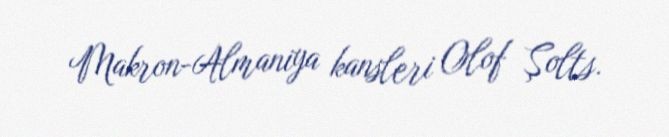
Makron-Almaniya kansleri Olof Şolts.